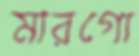
মারগো